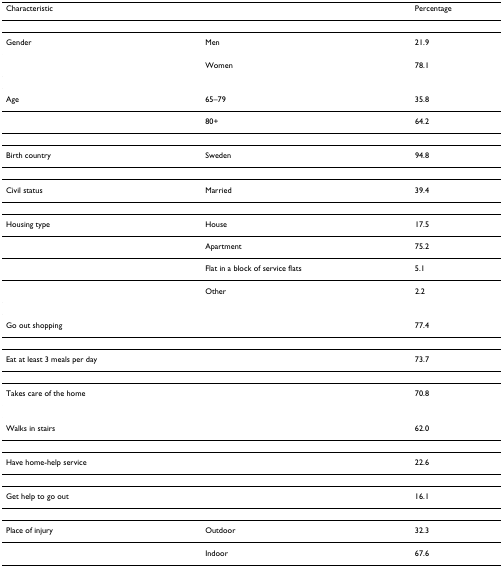
<table><thead><tr><td><b>Characteristic</b></td><td>[EMPTY_CELL]</td><td><b>Percentage</b></td></tr></thead><tbody><tr><td>Gender</td><td>Men</td><td>21.9</td></tr><tr><td>[EMPTY_CELL]</td><td>Women</td><td>78.1</td></tr><tr><td>Age</td><td>65–79</td><td>35.8</td></tr><tr><td>[EMPTY_CELL]</td><td>80+</td><td>64.2</td></tr><tr><td>Birth country</td><td>Sweden</td><td>94.8</td></tr><tr><td>Civil status</td><td>Married</td><td>39.4</td></tr><tr><td>Housing type</td><td>House</td><td>17.5</td></tr><tr><td>[EMPTY_CELL]</td><td>Apartment</td><td>75.2</td></tr><tr><td>[EMPTY_CELL]</td><td>Flat in a block of service flats</td><td>5.1</td></tr><tr><td>[EMPTY_CELL]</td><td>Other</td><td>2.2</td></tr><tr><td>Go out shopping</td><td>[EMPTY_CELL]</td><td>77.4</td></tr><tr><td>Eat at least 3 meals per day</td><td>[EMPTY_CELL]</td><td>73.7</td></tr><tr><td>Takes care of the home</td><td>[EMPTY_CELL]</td><td>70.8</td></tr><tr><td>Walks in stairs</td><td>[EMPTY_CELL]</td><td>62.0</td></tr><tr><td>Have home-help service</td><td>[EMPTY_CELL]</td><td>22.6</td></tr><tr><td>Get help to go out</td><td>[EMPTY_CELL]</td><td>16.1</td></tr><tr><td>Place of injury</td><td>Outdoor</td><td>32.3</td></tr><tr><td>[EMPTY_CELL]</td><td>Indoor</td><td>67.6</td></tr></tbody></table>